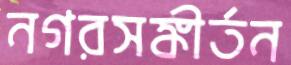
নগরসঙ্কীর্তন